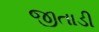
જીતાડી